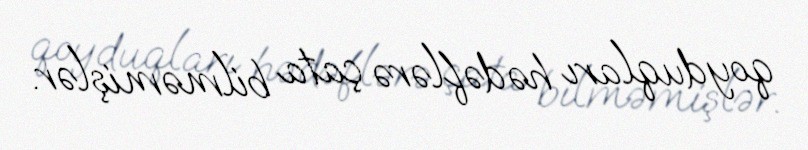
qoyduqları hədəflərə çata bilməmişlər.